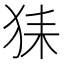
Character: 𤞖